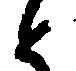
と